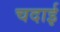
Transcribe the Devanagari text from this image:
चदाई